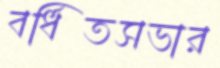
বর্ধিতসভার